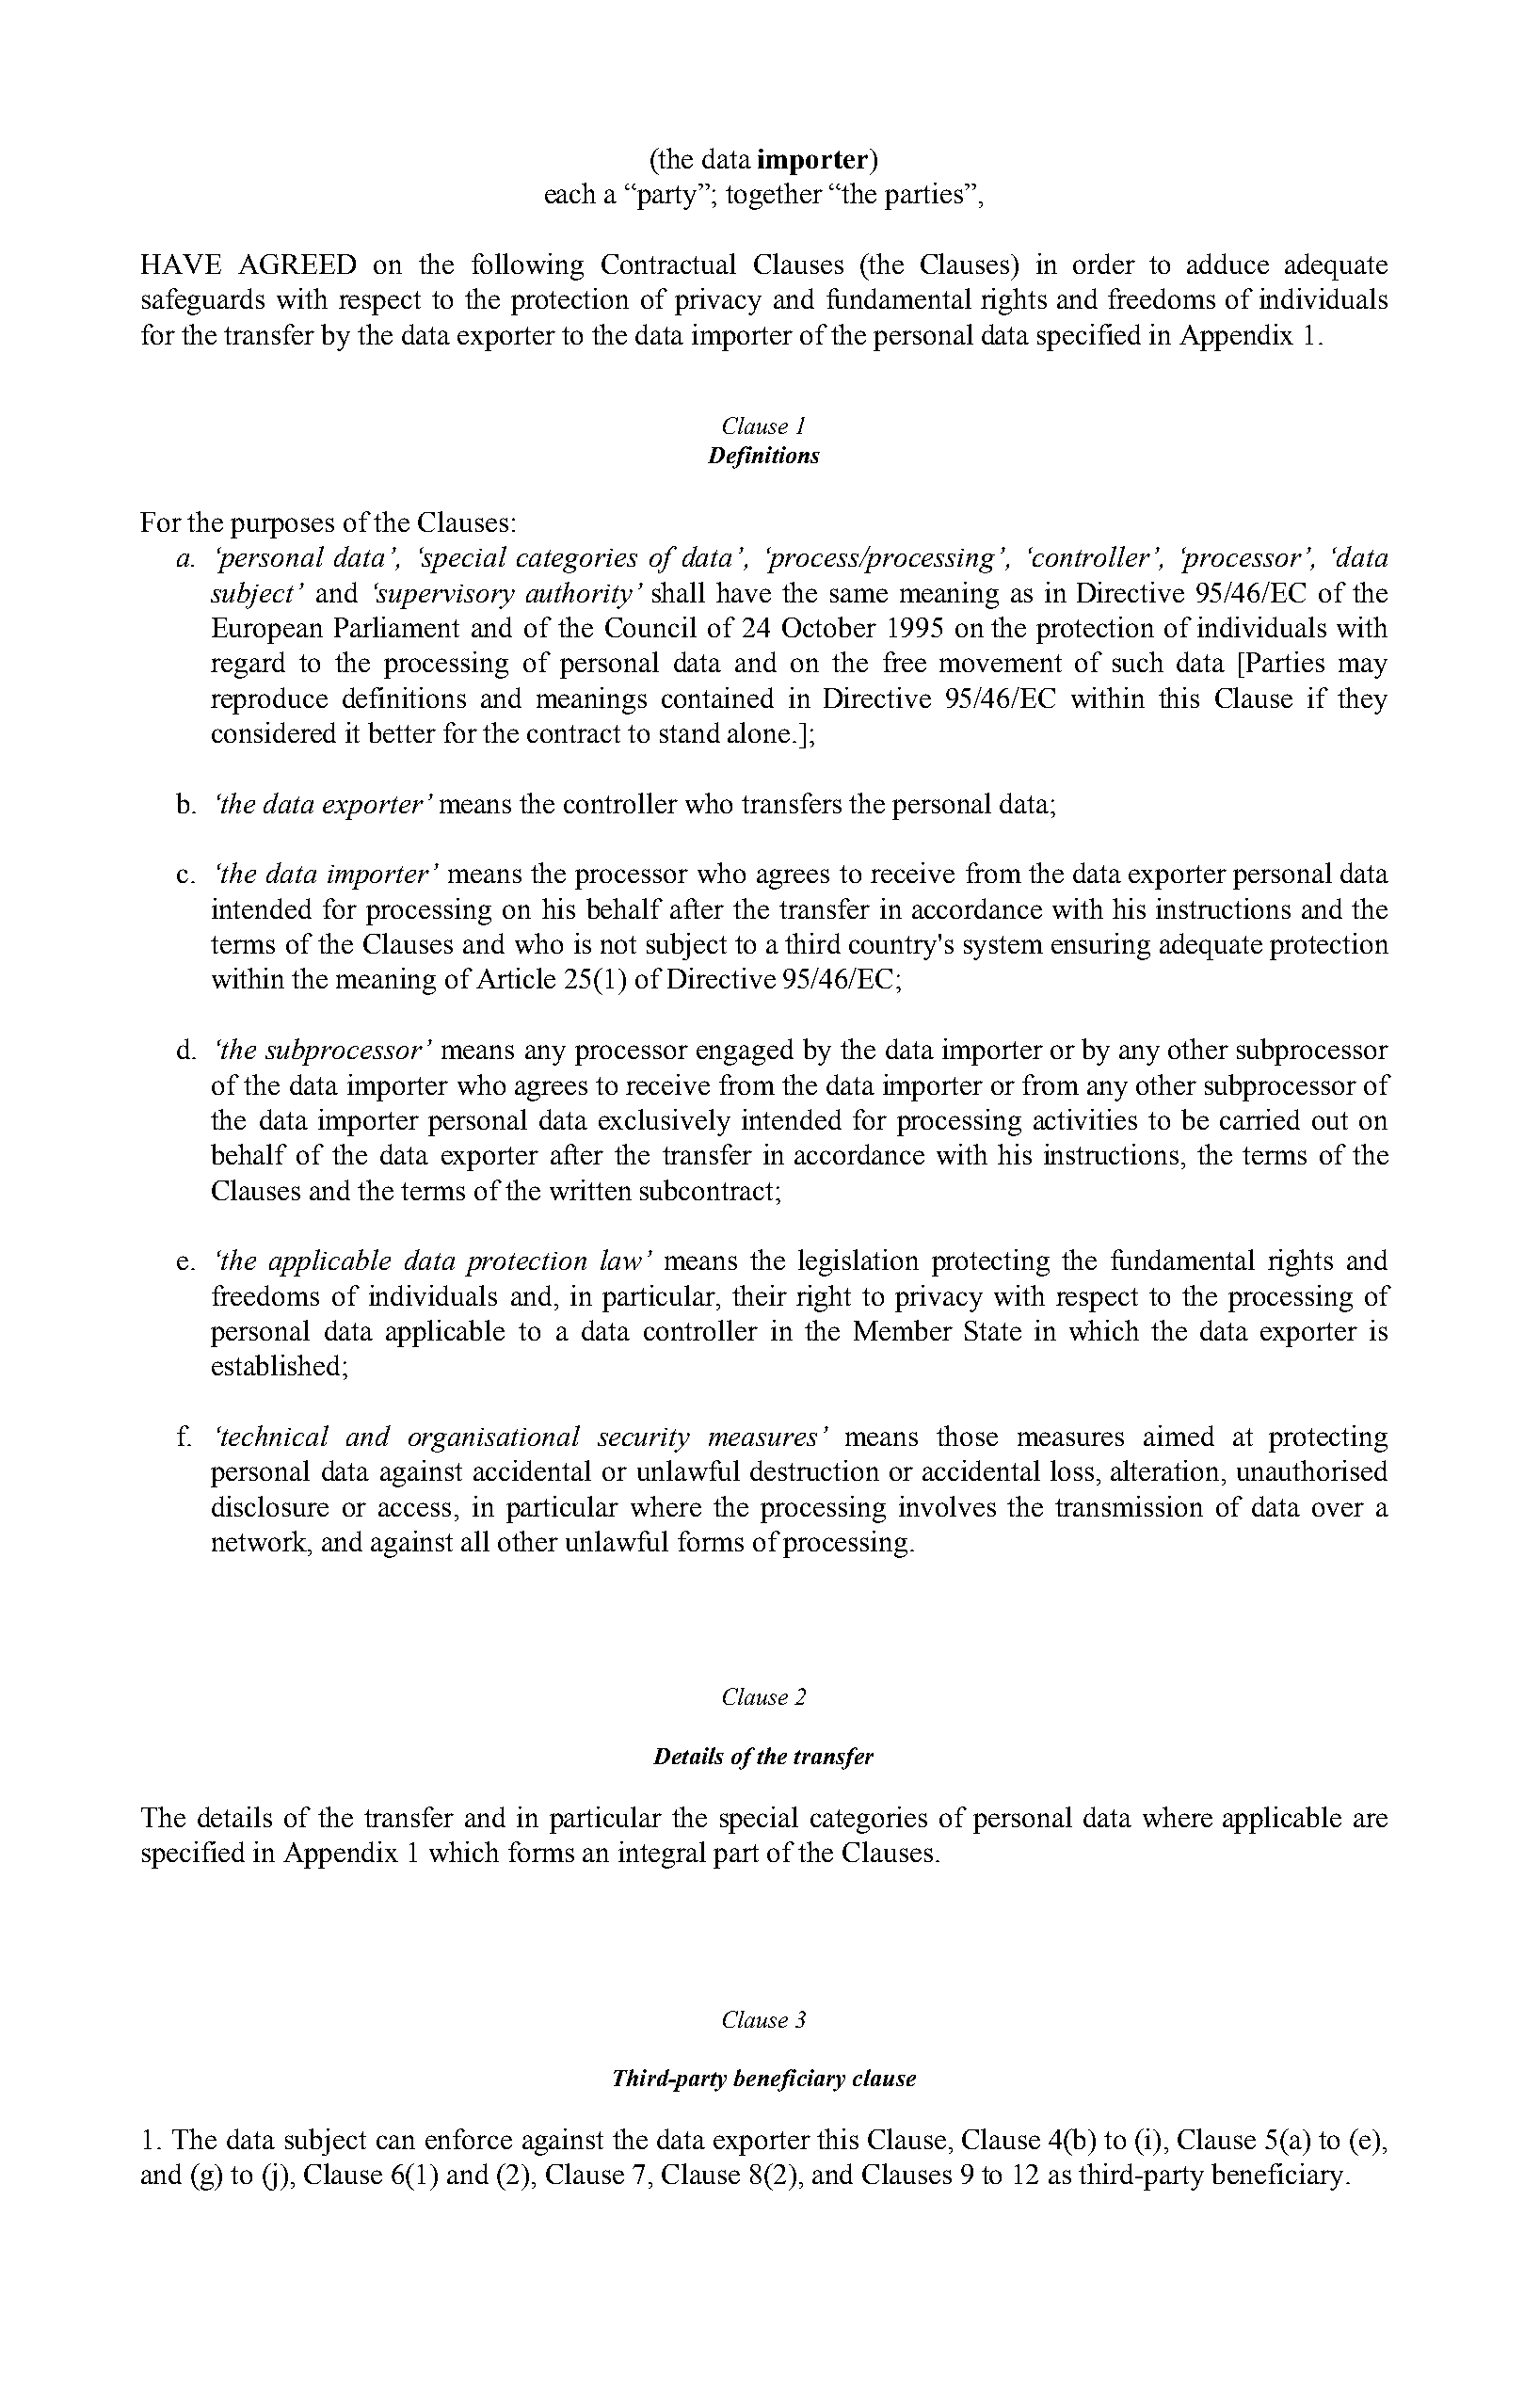
(the data importer)
 ​​      ​
 each a “party”; together “the parties”,
 HAVE   AGREED   on the following Contractual Clauses (the Clauses) in order to adduce adequate
 safeguards with respect to the protection of privacy and fundamental rights and freedoms of individuals
 for the transfer by the data exporter to the data importer of the personal data specified in Appendix 1.
 ​​
 Clause 1
 Definitions
 For the purposes of the Clauses:
 a. ‘personal data’, ‘special categories of data’, ‘process/processing’, ‘controller’, ‘processor’, ‘data
 ​
 subject’ and ‘supervisory authority’ shall have the same meaning as in Directive 95/46/EC of the
 ​                         ​                   ​                             ​
 European Parliament and of the Council of 24 October 1995 on the protection of individuals with
 ​
 regard to the processing of personal data and on the free movement of such data [Parties may
 ​
 reproduce definitions and meanings contained in Directive 95/46/EC within this Clause if they
 ​
 considered it better for the contract to stand alone.];
 ​​
 b. ‘the data exporter’ means the controller who transfers the personal data;
 ​                              ​
 c. ‘the data importer’ means the processor who agrees to receive from the data exporter personal data
 ​
 intended for processing on his behalf after the transfer in accordance with his instructions and the
 terms of the Clauses and who is not subject to a third country's system ensuring adequate protection
 within the meaning of Article 25(1) of Directive 95/46/EC;
 ​​
 d. ‘the subprocessor’ means any processor engaged by the data importer or by any other subprocessor
 ​
 of the data importer who agrees to receive from the data importer or from any other subprocessor of
 the data importer personal data exclusively intended for processing activities to be carried out on
 behalf of the data exporter after the transfer in accordance with his instructions, the terms of the
 ​
 Clauses and the terms of the written subcontract;
 ​​
 e. ‘the applicable data protection law’ means the legislation protecting the fundamental rights and
 ​
 freedoms of individuals and, in particular, their right to privacy with respect to the processing of
 personal data applicable to a data controller in the Member State in which the data exporter is
 established;
 f. ‘technical and organisational security measures’ means those measures aimed at protecting
 ​                             ​
 personal data against accidental or unlawful destruction or accidental loss, alteration, unauthorised
 ​
 disclosure or access, in particular where the processing involves the transmission of data over a
 ​
 network, and against all other unlawful forms of processing.
 ​​
 Clause 2
 Details of the transfer
 The details of the transfer and in particular the special categories of personal data where applicable are
 ​
 specified in Appendix 1 which forms an integral part of the Clauses.
 Clause 3
 Third-party beneficiary clause
 1. The data subject can enforce against the data exporter this Clause, Clause 4(b) to (i), Clause 5(a) to (e),
 and (g) to (j), Clause 6(1) and (2), Clause 7, Clause 8(2), and Clauses 9 to 12 as third-party beneficiary.
 ​​